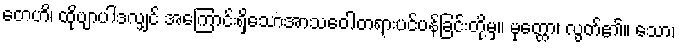
တေဟိ၊ ထိုဗျာပါဒလျှင် အကြောင်းရှိသောအာသဝေါတရားပင်ပန်ခြင်းတို့မှ။ မုတ္တော၊ လွတ်၏။ သော၊